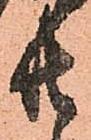
共